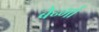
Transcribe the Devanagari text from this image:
बैर्न्गा